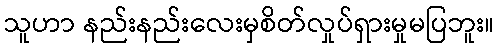
သူဟာ နည်းနည်းလေးမှစိတ်လှုပ်ရှားမှုမပြဘူး။